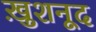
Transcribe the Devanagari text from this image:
ख़ुशनूद